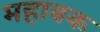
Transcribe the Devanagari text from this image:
महाबक